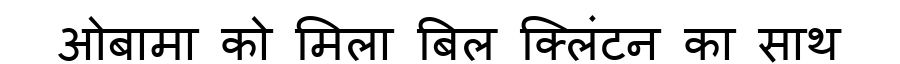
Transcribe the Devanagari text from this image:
ओबामा को मिला बिल क्लिंटन का साथ